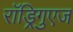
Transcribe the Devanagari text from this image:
राॅड्रिगुएज